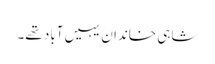
شاہی خاندان یہیں آباد تھے۔